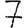
Digit: 7